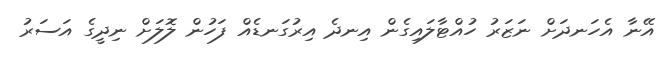
އޭނާ އެހަނދަށް ނަޒަރު ހުއްޓާލައިގެން އިނދެ އިރުގަނޑެއް ފަހުން ލޮލަށް ނިދީގެ އަސަރު